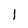
Character: I